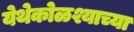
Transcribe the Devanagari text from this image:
येथेकोळश्याच्या